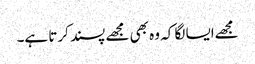
مجھےایسا لگا کہ وہ بھی مجھے پسند کرتا ہے۔